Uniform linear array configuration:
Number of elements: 32
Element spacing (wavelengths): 0.5
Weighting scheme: hamming
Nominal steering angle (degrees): -30
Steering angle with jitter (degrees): -31.055
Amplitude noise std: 0.05
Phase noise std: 0.05

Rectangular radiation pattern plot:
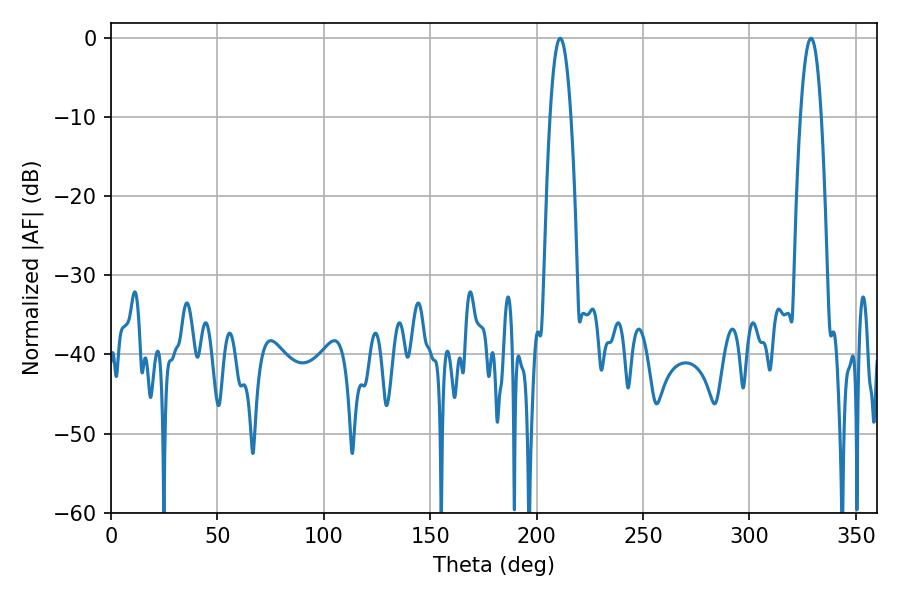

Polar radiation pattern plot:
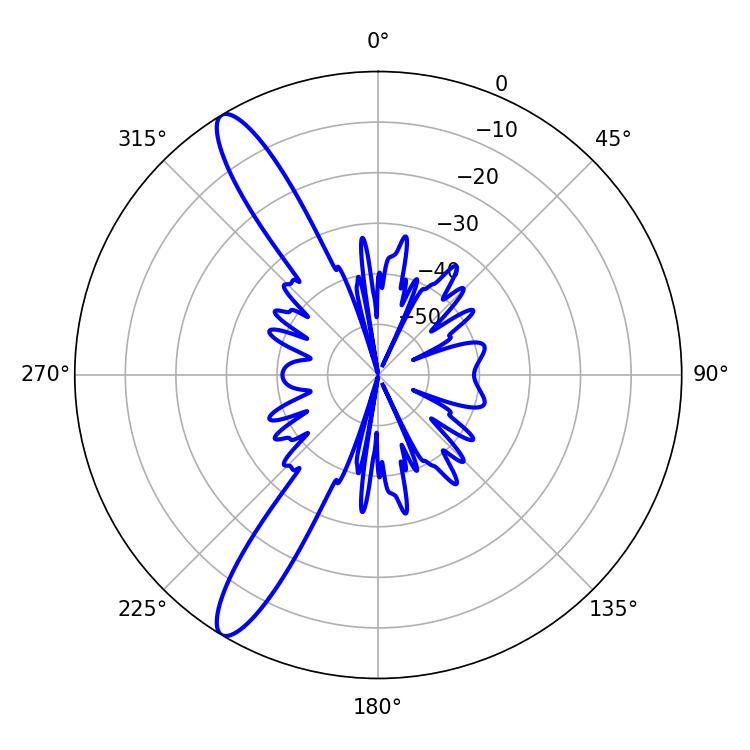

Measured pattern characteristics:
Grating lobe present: FALSE
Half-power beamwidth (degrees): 5.4
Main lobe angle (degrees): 328.86